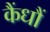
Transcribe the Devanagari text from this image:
कैंधौं